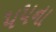
૫૫ના